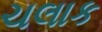
ચલાક